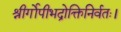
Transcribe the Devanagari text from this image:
श्रीर्गोपीभद्रोक्तिनिर्वतः।